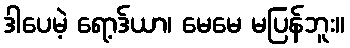
ဒါပေမဲ့ ရော့ဒ်ယာ၊ မေမေ မပြန်ဘူး။